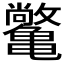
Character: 𫠝